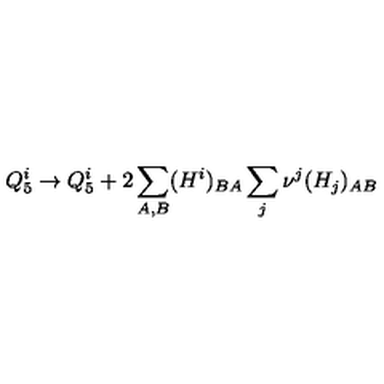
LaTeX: Q _ { 5 } ^ { i } \to Q _ { 5 } ^ { i } + 2 \sum _ { A , B } ( H ^ { i } ) _ { B A } \sum _ { j } \nu ^ { j } ( H _ { j } ) _ { A B }